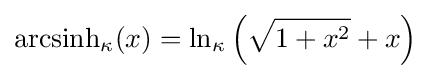
{\rm {arcsinh}}_{\kappa }(x)=\ln _{\kappa }\left({\sqrt {1+x^{2}}}+x\right)